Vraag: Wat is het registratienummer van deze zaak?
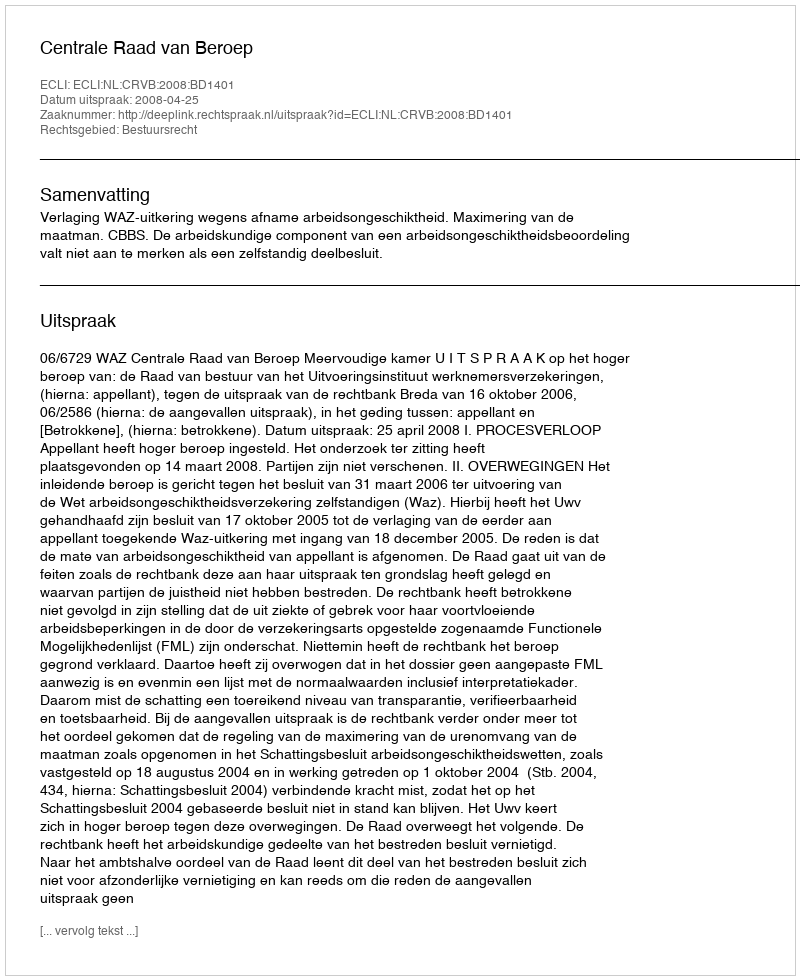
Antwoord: http://deeplink.rechtspraak.nl/uitspraak?id=ECLI:NL:CRVB:2008:BD1401